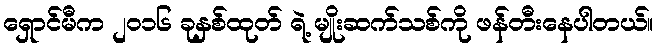
ရှောင်မီက ၂၀၁၆ ခုနှစ်ထုတ် ရဲ့ မျိုးဆက်သစ်ကို ဖန်တီးနေပါတယ်။